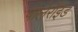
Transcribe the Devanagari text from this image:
पोलेरॉइड